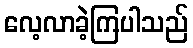
လေ့လာခဲ့ကြပါသည်